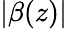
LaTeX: |\beta(z)|